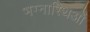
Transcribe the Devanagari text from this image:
भग्नास्थिओं